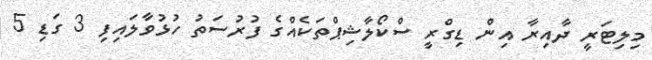
މިލިޓަރީ ދާއިރާ އިން ޑިގްރީ ސްކޯލާޝިޕްތަކެއްގެ ފުރުސަތު ހުޅުވާލައިފި 3 ގަޑި 5